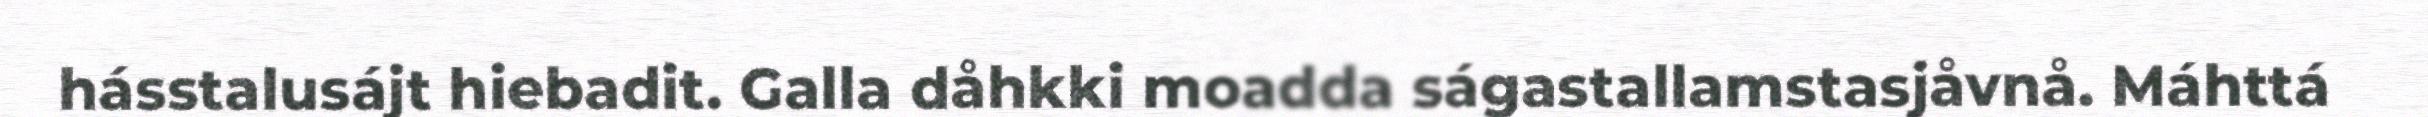
hásstalusájt hiebadit. Galla dåhkki moadda ságastallamstasjåvnå. Máhttá